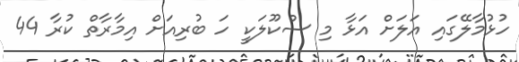
ހުޅުމާލޭގައި އަލަށް އަޅާ މި ސްކޫލަކީ ހަ ބުރިއަށް އިމާރާތް ކުރާ 44